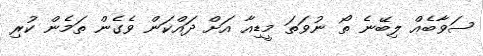
ސަވާބެއް ލިބޭނެ ތޯ ނުވަތަ މީޑިއާ އަށް ދައްކަން ވެގެން ތަމެން ކުރި